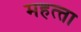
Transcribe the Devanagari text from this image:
महत्त्ता